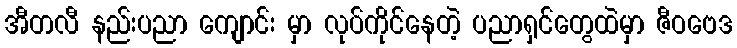
အီတလီ နည်းပညာ ကျောင်း မှာ လုပ်ကိုင်နေတဲ့ ပညာရှင်တွေထဲမှာ ဇီဝဗေဒ